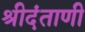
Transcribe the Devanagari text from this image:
श्रीदंताणी